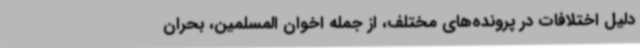
دلیل اختلافات در پرونده‌های مختلف، از جمله اخوان‌ المسلمین، بحران